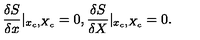
\frac { \delta S } { \delta x } | _ { x _ { c } , X _ { c } } = 0 , \frac { \delta S } { \delta X } | _ { x _ { c } , X _ { c } } = 0 .